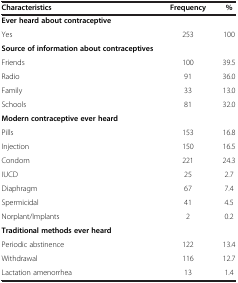
| Characteristics | Frequency | % |
 | --- | --- | --- |
 | Ever heard about contraceptive |  |  |
 | Yes | 253 | 100 |
 | Source of information about contraceptives |  |  |
 | Friends | 100 | 39.5 |
 | Radio | 91 | 36.0 |
 | Family | 33 | 13.0 |
 | Schools | 81 | 32.0 |
 | Modern contraceptive ever heard |  |  |
 | Pills | 153 | 16.8 |
 | Injection | 150 | 16.5 |
 | Condom | 221 | 24.3 |
 | IUCD | 25 | 2.7 |
 | Diaphragm | 67 | 7.4 |
 | Spermicidal | 41 | 4.5 |
 | Norplant/Implants | 2 | 0.2 |
 | Traditional methods ever heard |  |  |
 | Periodic abstinence | 122 | 13.4 |
 | Withdrawal | 116 | 12.7 |
 | Lactation amenorrhea | 13 | 1.4 |